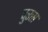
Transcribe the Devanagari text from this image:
पुरस